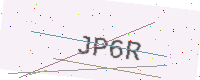
Text: JP6R